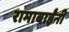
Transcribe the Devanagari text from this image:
रामाबाईंनी